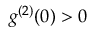
g ^ { ( 2 ) } ( 0 ) > 0